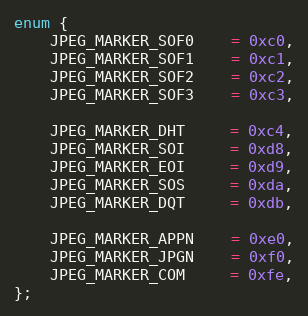
Language: C
enum {
    JPEG_MARKER_SOF0    = 0xc0,
    JPEG_MARKER_SOF1    = 0xc1,
    JPEG_MARKER_SOF2    = 0xc2,
    JPEG_MARKER_SOF3    = 0xc3,

    JPEG_MARKER_DHT     = 0xc4,
    JPEG_MARKER_SOI     = 0xd8,
    JPEG_MARKER_EOI     = 0xd9,
    JPEG_MARKER_SOS     = 0xda,
    JPEG_MARKER_DQT     = 0xdb,

    JPEG_MARKER_APPN    = 0xe0,
    JPEG_MARKER_JPGN    = 0xf0,
    JPEG_MARKER_COM     = 0xfe,
};